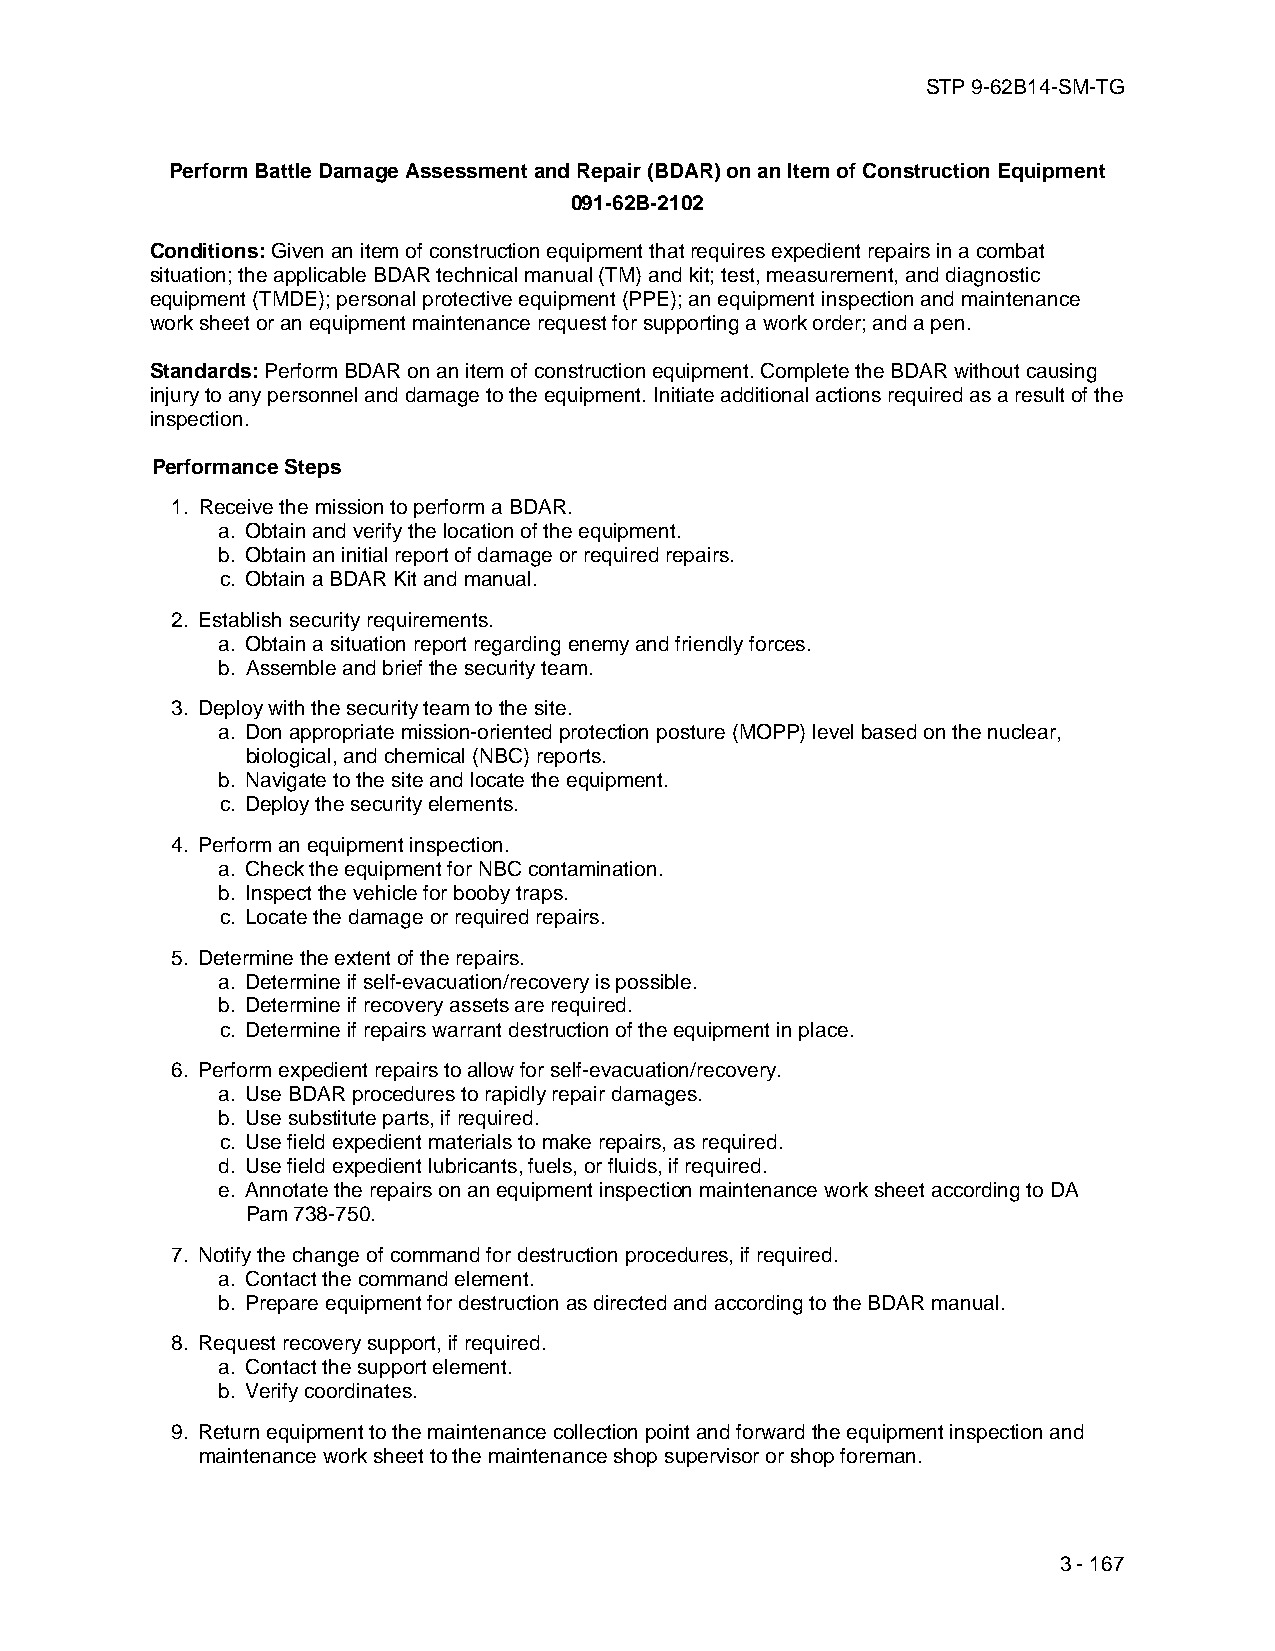
STP 9-62B14-SM-TG
 Perform Battle Damage Assessment and Repair (BDAR) on an Item of Construction Equipment
 091-62B-2102
 Conditions: Given an item of construction equipment that requires expedient repairs in a combat
 situation; the applicable BDAR technical manual (TM) and kit; test, measurement, and diagnostic
 equipment (TMDE); personal protective equipment (PPE); an equipment inspection and maintenance
 work sheet or an equipment maintenance request for supporting a work order; and a pen.
 Standards: Perform BDAR on an item of construction equipment. Complete the BDAR without causing
 injury to any personnel and damage to the equipment. Initiate additional actions required as a result of the
 inspection.
 Performance Steps
 1. Receive the mission to perform a BDAR.
 a. Obtain and verify the location of the equipment.
 b. Obtain an initial report of damage or required repairs.
 c. Obtain a BDAR Kit and manual.
 2. Establish security requirements.
 a. Obtain a situation report regarding enemy and friendly forces.
 b. Assemble and brief the security team.
 3. Deploy with the security team to the site.
 a. Don appropriate mission-oriented protection posture (MOPP) level based on the nuclear,
 biological, and chemical (NBC) reports.
 b. Navigate to the site and locate the equipment.
 c. Deploy the security elements.
 4. Perform an equipment inspection.
 a. Check the equipment for NBC contamination.
 b. Inspect the vehicle for booby traps.
 c. Locate the damage or required repairs.
 5. Determine the extent of the repairs.
 a. Determine if self-evacuation/recovery is possible.
 b. Determine if recovery assets are required.
 c. Determine if repairs warrant destruction of the equipment in place.
 6. Perform expedient repairs to allow for self-evacuation/recovery.
 a. Use BDAR procedures to rapidly repair damages.
 b. Use substitute parts, if required.
 c. Use field expedient materials to make repairs, as required.
 d. Use field expedient lubricants, fuels, or fluids, if required.
 e. Annotate the repairs on an equipment inspection maintenance work sheet according to DA
 Pam 738-750.
 7. Notify the change of command for destruction procedures, if required.
 a. Contact the command element.
 b. Prepare equipment for destruction as directed and according to the BDAR manual.
 8. Request recovery support, if required.
 a. Contact the support element.
 b. Verify coordinates.
 9. Return equipment to the maintenance collection point and forward the equipment inspection and
 maintenance work sheet to the maintenance shop supervisor or shop foreman.
 3 - 167